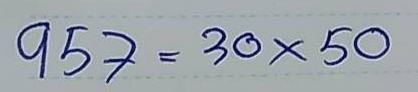
957 = 30x50